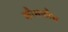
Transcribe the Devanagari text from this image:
कौसकौस